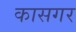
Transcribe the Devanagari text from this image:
कासगर